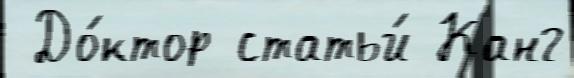
 До́ктор статьи́ Канг